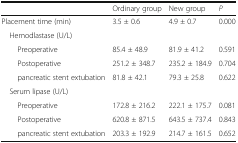
|  | Ordinary group | New group | P |
 | --- | --- | --- | --- |
 | Placement time (min) | 3.5 ± 0.6 | 4.9 ± 0.7 | 0.000 |
 | <COLSPAN=4> Hemodlastase (U/L) |
 | Preoperative | 85.4 ± 48.9 | 81.9 ± 41.2 | 0.591 |
 | Postoperative | 251.2 ± 348.7 | 235.2 ± 184.9 | 0.704 |
 | pancreatic stent extubation | 81.8 ± 42.1 | 79.3 ± 25.8 | 0.622 |
 | <COLSPAN=4> Serum lipase (U/L) |
 | Preoperative | 172.8 ± 216.2 | 222.1 ± 175.7 | 0.081 |
 | Postoperative | 620.8 ± 871.5 | 643.5 ± 737.4 | 0.843 |
 | pancreatic stent extubation | 203.3 ± 192.9 | 214.7 ± 161.5 | 0.652 |